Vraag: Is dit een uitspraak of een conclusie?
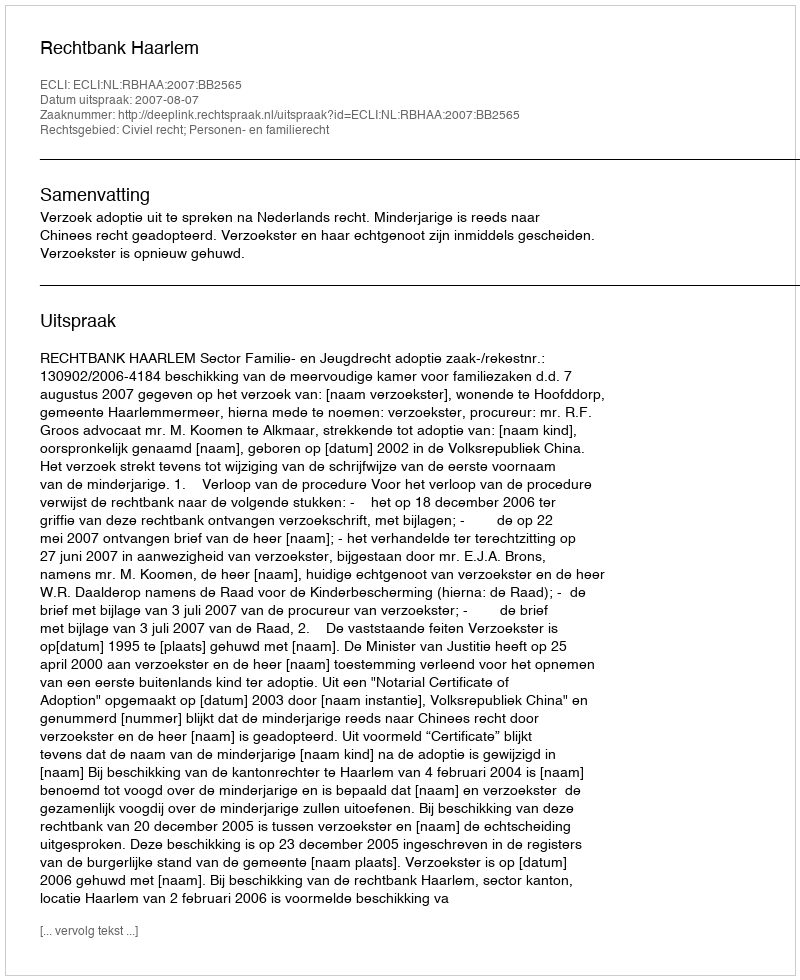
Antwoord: Uitspraak